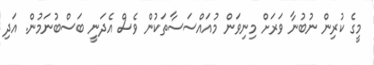
މީގެ ކުރިން ނުބުނާ ވަރަށް މިނިވަން މުއައްސަސާތަކުން ވެސް އެދަނީ ބަސްބުނަމުން. އަދި